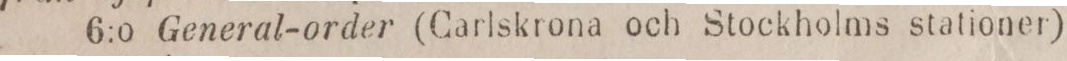
6:o General-order (Carlskrona och Stockholms stationer)